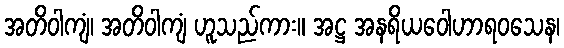
အတိဝါကျံ၊ အတိဝါကျံ ဟူသည်ကား။ အဋ္ဌ အနရိယဝေါဟာရဝသေန၊